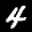
Label: 4